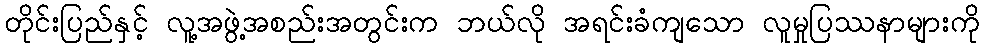
တိုင်းပြည်နှင့် လူ့အဖွဲ့အစည်းအတွင်းက ဘယ်လို အရင်းခံကျသော လူမှုပြဿနာများကို